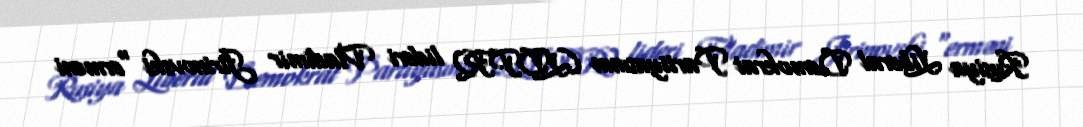
Rusiya Liberal Demokrat Partiyasının (LDPR) lideri Vladimir Jirinovski "erməni